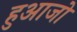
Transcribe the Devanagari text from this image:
हुआजो